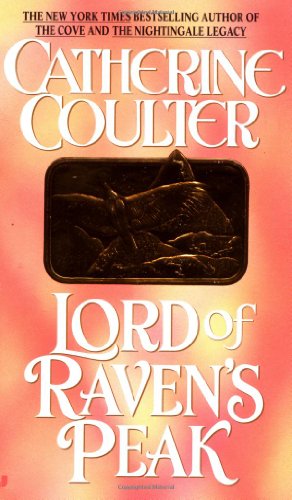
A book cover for Lord of Raven's Peak (Viking Series); Catherine Coulter; Romance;